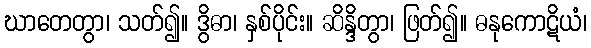
ဃာတေတွာ၊ သတ်၍။ ဒွိဓာ၊ နှစ်ပိုင်း။ ဆိန္ဒိတွာ၊ ဖြတ်၍။ ဓနုကောဋိယံ၊